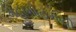
મહામોહમયી